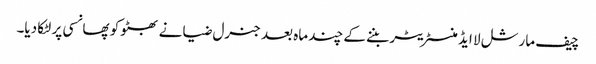
چیف مارشل لا ایڈمنسٹریٹر بننے کے چند ماہ بعد جنرل ضیا نے بھٹو کو پھانسی پر لٹکا دیا۔